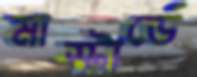
মাস্টার্ডে